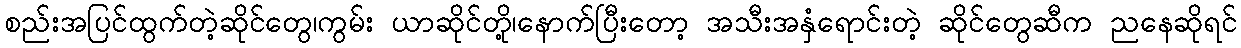
စည်းအပြင်ထွက်တဲ့ဆိုင်တွေ၊ကွမ်း ယာဆိုင်တို့၊နောက်ပြီးတော့ အသီးအနှံရောင်းတဲ့ ဆိုင်တွေဆီက ညနေဆိုရင်